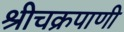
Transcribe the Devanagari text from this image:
श्रीचक्रपाणी